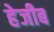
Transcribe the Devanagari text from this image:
हेजीब